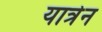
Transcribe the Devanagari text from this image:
यात्रेन